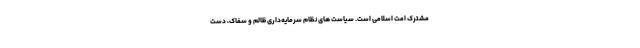
مشترک امّت اسلامی است. سیاست های نظام سرمایه‌داری ظالم و سفّاک، دست